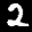
Label: 2